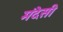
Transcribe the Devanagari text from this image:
मंदेसी